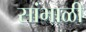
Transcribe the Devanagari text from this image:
सांभाळी